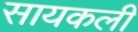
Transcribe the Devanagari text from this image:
सायकली